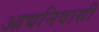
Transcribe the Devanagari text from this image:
आद्यनिवासी